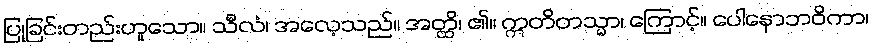
ပြုခြင်းတည်းဟူသော။ သီလံ၊ အလေ့သည်။ အတ္ထိ၊ ၏။ ဣတိတသ္မာ၊ ကြောင့်။ ပေါနောဘဝိကာ၊